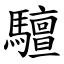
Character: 驙